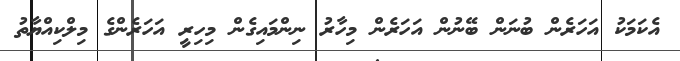
އެކަމަކު އަހަރެން ބުނަން ބޭނުން އަހަރެން މިހާރު ނިންމައިގެން މިހިރީ އަހަރެންގެ މިލްކިއްޔާތު